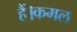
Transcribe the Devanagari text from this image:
हैं।कमल